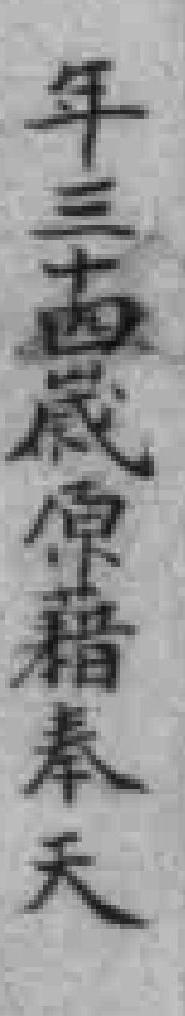
年三十四嵗原籍奉天